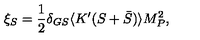
\xi _ { S } = { \frac { 1 } { 2 } } \delta _ { G S } \langle K ^ { \prime } ( S + \bar { S } ) \rangle M _ { P } ^ { 2 } ,